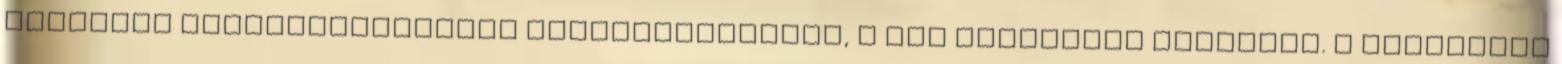
céljának megvalósulásához elengedhetetlen, a cél elérésére alkalmas. A személyes